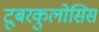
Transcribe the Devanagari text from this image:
टूबरकुलोसिस